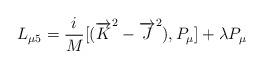
LaTeX: \begin{align*}L_{\mu 5} = \frac{i}{M} [({\overrightarrow{K}}^2 -{\overrightarrow {J}}^2 ), P_{\mu}] +\lambda P_{\mu}\end{align*}